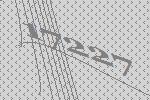
17227